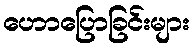
ဟောပြောခြင်းများ